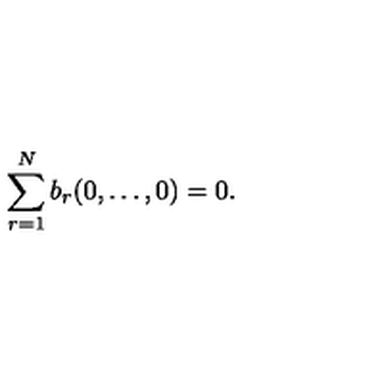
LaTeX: \sum _ { r = 1 } ^ { N } b _ { r } ( 0 , \ldots , 0 ) = 0 .